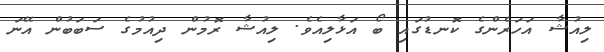
ލިއުޝާ އަހަރެންގެ ކޮނޑުގައި ބޯ އަޅާލިއެވެ. ލިއުޝާ ރޮމުން ދިއުމުގެ ސަބަބުން އޭނަ